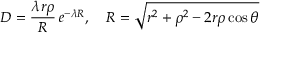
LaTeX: { \cal D } = \frac { \lambda r \rho } { R } \, e ^ { - \lambda R } , \quad R = \sqrt { r ^ { 2 } + \rho ^ { 2 } - 2 r \rho \cos \theta }